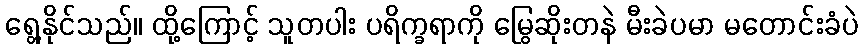
ရွေ့နိုင်သည်။ ထို့ကြောင့် သူတပါး ပရိက္ခရာကို မြွေဆိုးတနဲ မီးခဲပမာ မတောင်းခံပဲ